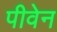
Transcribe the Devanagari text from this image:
पीवेन